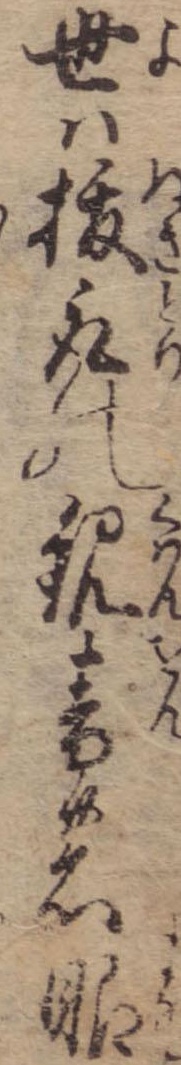
世は抜取の観音の眼